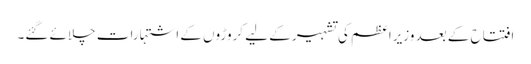
افتتاح کے بعد وزیراعظم کی تشہیر کے لیے کروڑوں کے اشتہارات چلائے گئے۔